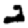
Digit: 2